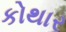
કોથાર